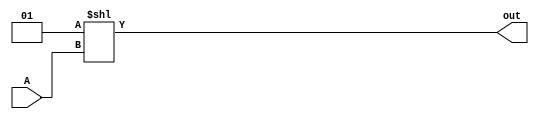
// This program was cloned from: https://github.com/steveicarus/ivtest
// License: GNU General Public License v2.0

module onehot16(output wire [15:0] out, input wire [3:0] A);

   assign out = 1 << A;

endmodule